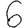
Digit: 6